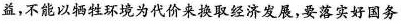
益，不能以牺牲环境为代价来换取经济发展，要落实好国务